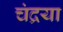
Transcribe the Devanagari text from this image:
चंद्रया